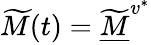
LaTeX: \widetilde M(t)=\widetilde{\underline{M}}^{v^{*}}